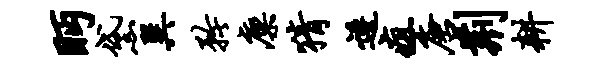
眄黛巽矜廪猜逶疽唐荆耕